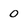
Character: 0